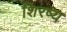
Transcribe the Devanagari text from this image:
शिरष्य